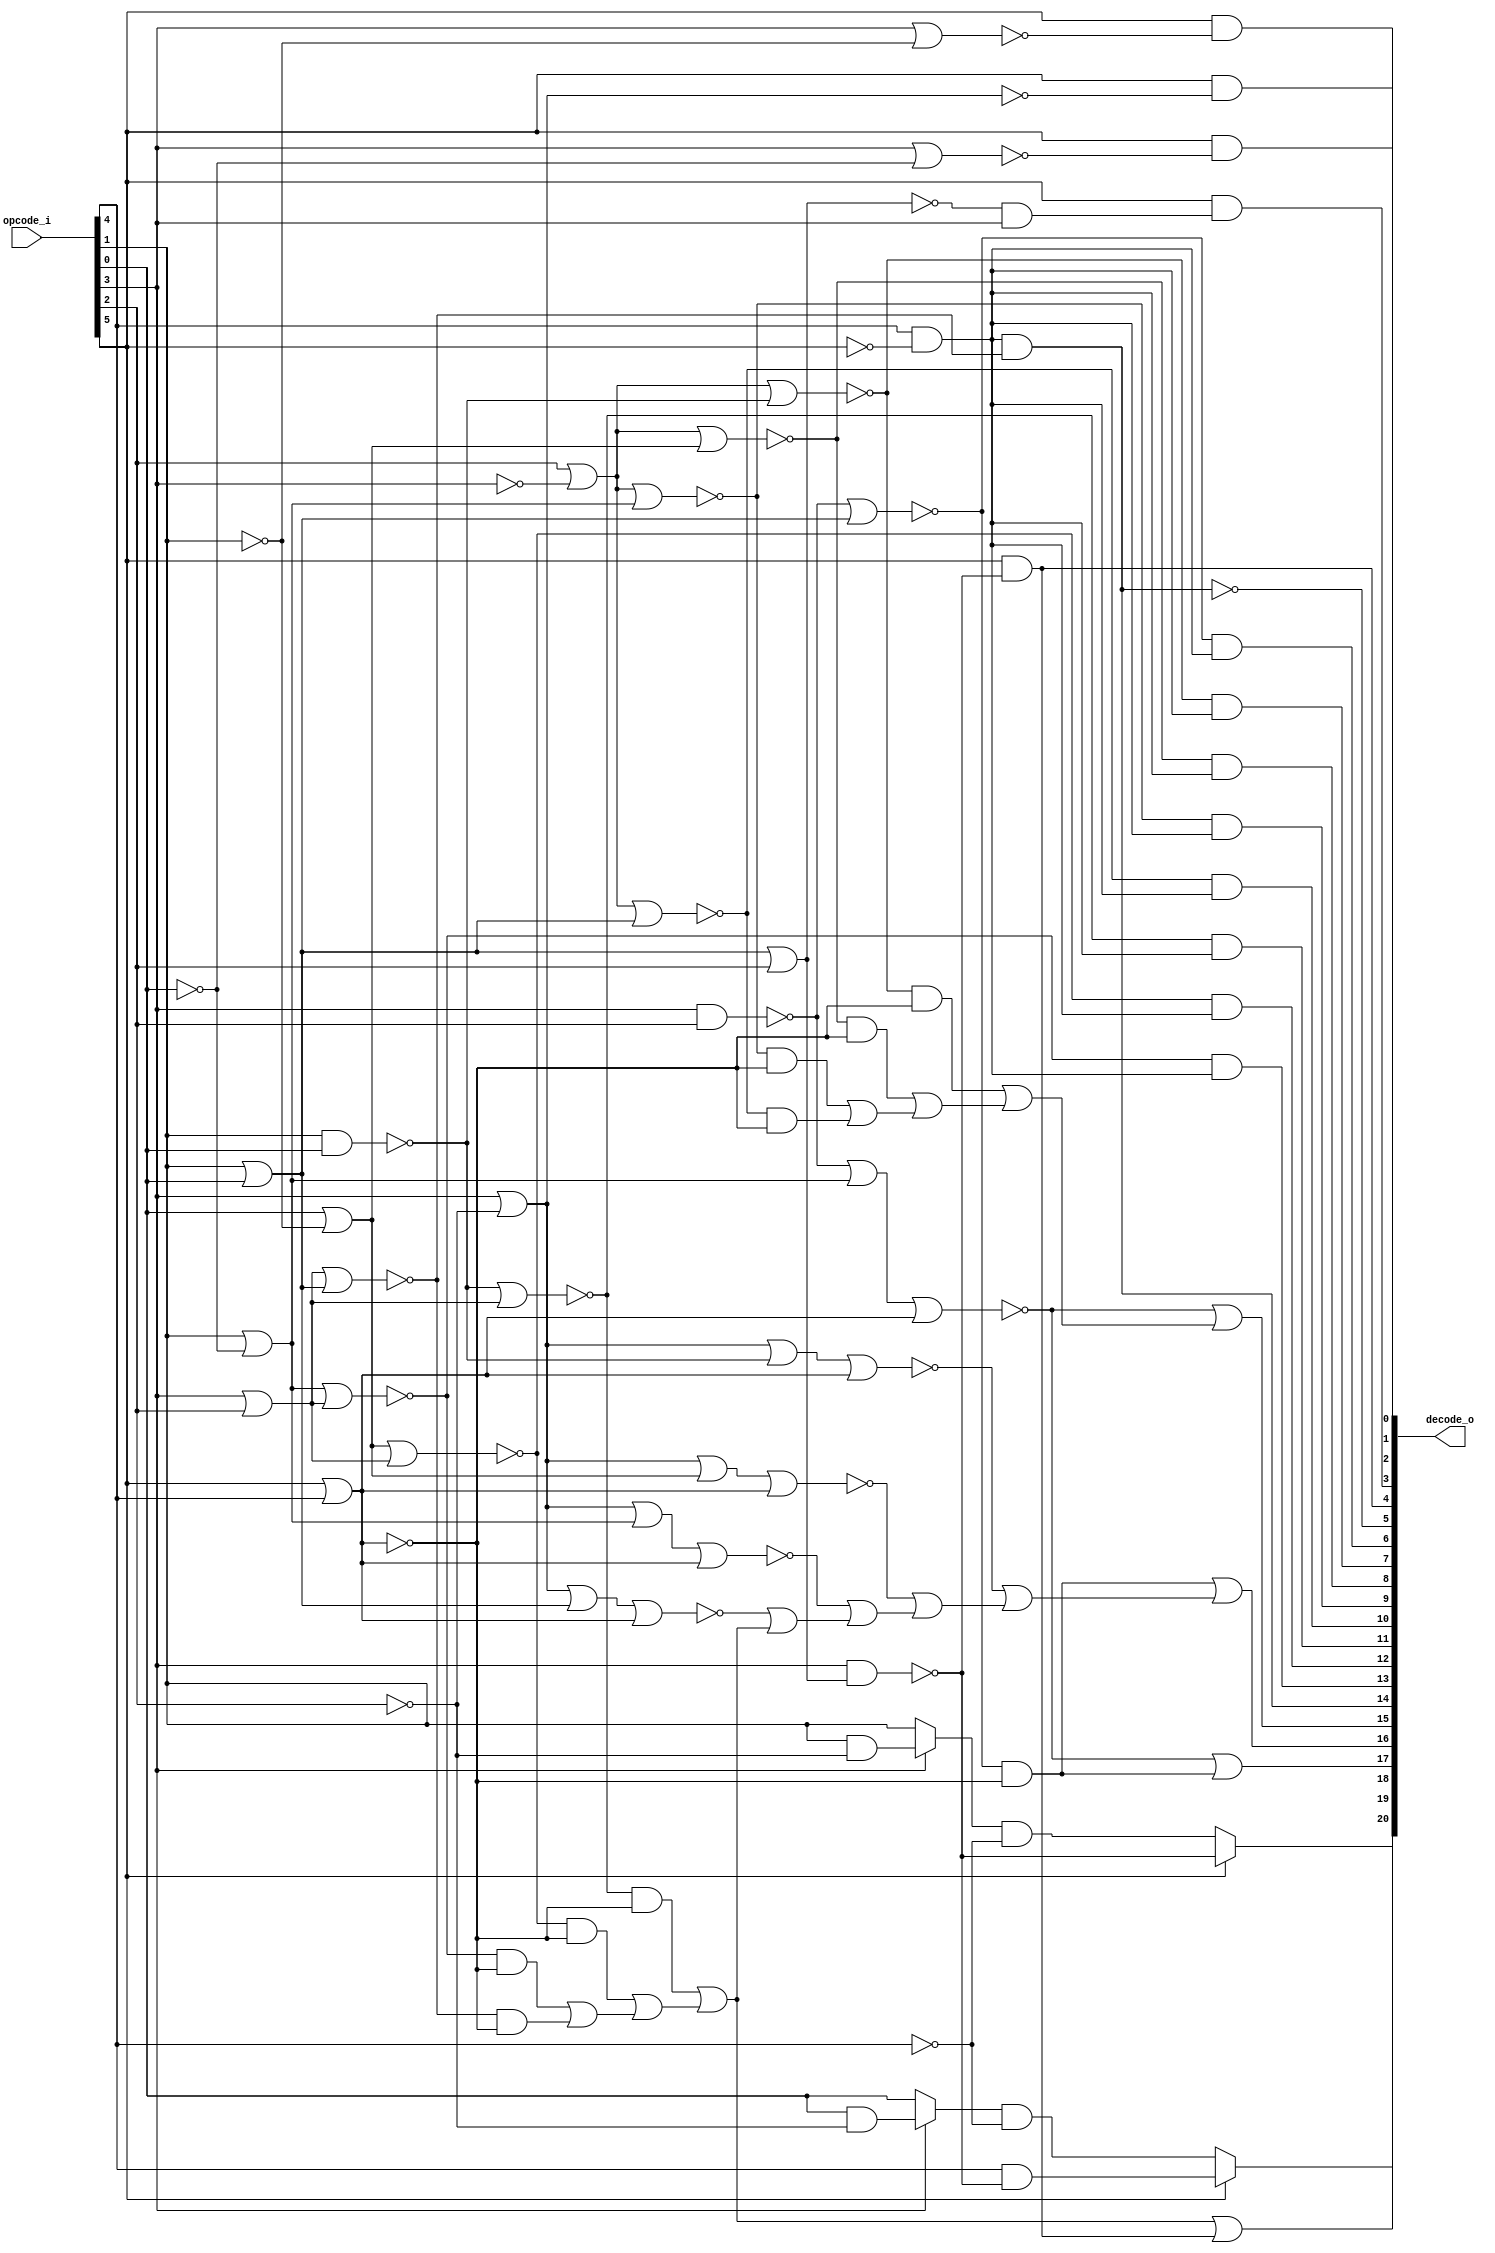
/* Generated by Yosys 0.27+9 (git sha1 101d19bb6, gcc 11.2.0-7ubuntu2 -fPIC -Os) */

(* top =  1  *)

module bsg_cache_decode(opcode_i, decode_o);
  wire _000_;
  wire _001_;
  wire _002_;
  wire _003_;
  wire _004_;
  wire _005_;
  wire _006_;
  wire _007_;
  wire _008_;
  wire _009_;
  wire _010_;
  wire _011_;
  wire _012_;
  wire _013_;
  wire _014_;
  wire _015_;
  wire _016_;
  wire _017_;
  wire _018_;
  wire _019_;
  wire _020_;
  wire _021_;
  wire _022_;
  wire _023_;
  wire _024_;
  wire _025_;
  wire _026_;
  wire _027_;
  wire _028_;
  wire _029_;
  wire _030_;
  wire _031_;
  wire _032_;
  wire _033_;
  wire _034_;
  wire _035_;
  wire _036_;
  wire _037_;
  wire _038_;
  wire _039_;
  wire _040_;
  wire _041_;
  wire _042_;
  wire _043_;
  wire _044_;
  wire _045_;
  wire _046_;
  wire _047_;
  wire _048_;
  wire _049_;
  wire _050_;
  wire _051_;
  wire _052_;
  wire _053_;
  wire _054_;
  wire _055_;
  wire _056_;
  wire _057_;
  wire _058_;
  wire _059_;
  wire _060_;
  
  (* wiretype = "\\\\bsg_cache_decode_s" *)
  output [20:0] decode_o;
  wire [20:0] decode_o;
  (* enum_value_000000 = "\\\\LB" *)
  (* enum_value_000001 = "\\\\LH" *)
  (* enum_value_000010 = "\\\\LW" *)
  (* enum_value_000011 = "\\\\LD" *)
  (* enum_value_000100 = "\\\\LBU" *)
  (* enum_value_000101 = "\\\\LHU" *)
  (* enum_value_000110 = "\\\\LWU" *)
  (* enum_value_000111 = "\\\\LDU" *)
  (* enum_value_001000 = "\\\\SB" *)
  (* enum_value_001001 = "\\\\SH" *)
  (* enum_value_001010 = "\\\\SW" *)
  (* enum_value_001011 = "\\\\SD" *)
  (* enum_value_001100 = "\\\\LM" *)
  (* enum_value_001101 = "\\\\SM" *)
  (* enum_value_010000 = "\\\\TAGST" *)
  (* enum_value_010001 = "\\\\TAGFL" *)
  (* enum_value_010010 = "\\\\TAGLV" *)
  (* enum_value_010011 = "\\\\TAGLA" *)
  (* enum_value_011000 = "\\\\AFL" *)
  (* enum_value_011001 = "\\\\AFLINV" *)
  (* enum_value_011010 = "\\\\AINV" *)
  (* enum_value_011011 = "\\\\ALOCK" *)
  (* enum_value_011100 = "\\\\AUNLOCK" *)
  (* enum_value_100000 = "\\\\AMOSWAP_W" *)
  (* enum_value_100001 = "\\\\AMOADD_W" *)
  (* enum_value_100010 = "\\\\AMOXOR_W" *)
  (* enum_value_100011 = "\\\\AMOAND_W" *)
  (* enum_value_100100 = "\\\\AMOOR_W" *)
  (* enum_value_100101 = "\\\\AMOMIN_W" *)
  (* enum_value_100110 = "\\\\AMOMAX_W" *)
  (* enum_value_100111 = "\\\\AMOMINU_W" *)
  (* enum_value_101000 = "\\\\AMOMAXU_W" *)
  (* enum_value_110000 = "\\\\AMOSWAP_D" *)
  (* enum_value_110001 = "\\\\AMOADD_D" *)
  (* enum_value_110010 = "\\\\AMOXOR_D" *)
  (* enum_value_110011 = "\\\\AMOAND_D" *)
  (* enum_value_110100 = "\\\\AMOOR_D" *)
  (* enum_value_110101 = "\\\\AMOMIN_D" *)
  (* enum_value_110110 = "\\\\AMOMAX_D" *)
  (* enum_value_110111 = "\\\\AMOMINU_D" *)
  (* enum_value_111000 = "\\\\AMOMAXU_D" *)
  
  (* wiretype = "\\\\bsg_cache_opcode_e" *)
  input [5:0] opcode_i;
  wire [5:0] opcode_i;
  assign _008_ = opcode_i[1] | opcode_i[0];
  assign _009_ = opcode_i[3] | opcode_i[2];
  assign _010_ = ~(_009_ | _008_);
  assign _011_ = opcode_i[4] & ~(opcode_i[5]);
  assign decode_o[14] = _011_ & _010_;
  assign decode_o[5] = ~decode_o[14];
  assign _012_ = opcode_i[1] | ~(opcode_i[0]);
  assign _013_ = ~(_012_ | _009_);
  assign decode_o[13] = _013_ & _011_;
  assign _014_ = opcode_i[0] | ~(opcode_i[1]);
  assign _015_ = ~(_014_ | _009_);
  assign decode_o[12] = _015_ & _011_;
  assign _016_ = ~(opcode_i[1] & opcode_i[0]);
  assign _017_ = ~(_016_ | _009_);
  assign decode_o[11] = _017_ & _011_;
  assign _018_ = opcode_i[2] | ~(opcode_i[3]);
  assign _019_ = ~(_018_ | _008_);
  assign decode_o[10] = _019_ & _011_;
  assign _020_ = ~(_018_ | _012_);
  assign decode_o[9] = _020_ & _011_;
  assign _021_ = ~(_018_ | _014_);
  assign decode_o[8] = _021_ & _011_;
  assign _022_ = ~(_018_ | _016_);
  assign decode_o[7] = _022_ & _011_;
  assign _023_ = ~(opcode_i[3] & opcode_i[2]);
  assign _024_ = ~(_023_ | _008_);
  assign decode_o[6] = _024_ & _011_;
  assign _025_ = ~(_008_ | opcode_i[2]);
  assign _026_ = opcode_i[3] & ~(_025_);
  assign decode_o[4] = opcode_i[5] & ~(_026_);
  assign _027_ = opcode_i[5] | opcode_i[4];
  assign _028_ = _010_ & ~(_027_);
  assign _029_ = _013_ & ~(_027_);
  assign _030_ = _029_ | _028_;
  assign _031_ = _015_ & ~(_027_);
  assign _032_ = _031_ | _030_;
  assign _033_ = _017_ & ~(_027_);
  assign _034_ = _033_ | _032_;
  assign decode_o[18] = _034_ | decode_o[4];
  assign _035_ = opcode_i[3] | ~(opcode_i[2]);
  assign _036_ = _035_ | _008_;
  assign _037_ = ~(_036_ | _027_);
  assign _038_ = _037_ | _034_;
  assign _039_ = _035_ | _012_;
  assign _040_ = ~(_039_ | _027_);
  assign _041_ = _040_ | _038_;
  assign _042_ = _035_ | _014_;
  assign _043_ = ~(_042_ | _027_);
  assign _044_ = _043_ | _041_;
  assign _045_ = _035_ | _016_;
  assign _046_ = ~(_045_ | _027_);
  assign _047_ = _046_ | _044_;
  assign _048_ = _024_ & ~(_027_);
  assign decode_o[16] = _048_ | _047_;
  assign _049_ = _019_ & ~(_027_);
  assign _050_ = _020_ & ~(_027_);
  assign _051_ = _050_ | _049_;
  assign _052_ = _021_ & ~(_027_);
  assign _053_ = _052_ | _051_;
  assign _054_ = _022_ & ~(_027_);
  assign _055_ = _054_ | _053_;
  assign _056_ = _023_ | _012_;
  assign _057_ = ~(_056_ | _027_);
  assign decode_o[15] = _057_ | _055_;
  assign _058_ = opcode_i[3] | ~(opcode_i[0]);
  assign decode_o[0] = opcode_i[5] & ~(_058_);
  assign _059_ = opcode_i[3] | ~(opcode_i[1]);
  assign decode_o[1] = opcode_i[5] & ~(_059_);
  assign decode_o[2] = opcode_i[5] & ~(_035_);
  assign _060_ = ~(_025_ & opcode_i[3]);
  assign decode_o[3] = opcode_i[5] & ~(_060_);
  assign _000_ = opcode_i[0] & ~(opcode_i[2]);
  assign _001_ = opcode_i[3] ? _000_ : opcode_i[0];
  assign _002_ = _001_ & ~(opcode_i[4]);
  assign _003_ = opcode_i[4] & ~(_026_);
  assign decode_o[19] = opcode_i[5] ? _003_ : _002_;
  assign _004_ = ~_026_;
  assign _005_ = opcode_i[1] & ~(opcode_i[2]);
  assign _006_ = opcode_i[3] ? _005_ : opcode_i[1];
  assign _007_ = _006_ & ~(opcode_i[4]);
  assign decode_o[20] = opcode_i[5] ? _004_ : _007_;
  assign decode_o[17] = _057_ | _048_;
endmodule